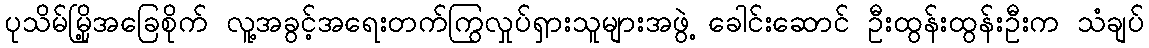
ပုသိမ်မြို့အခြေစိုက် လူ့အခွင့်အရေးတက်ကြွလှုပ်ရှားသူများအဖွဲ့ ခေါင်းဆောင် ဦးထွန်းထွန်းဦးက သံချပ်